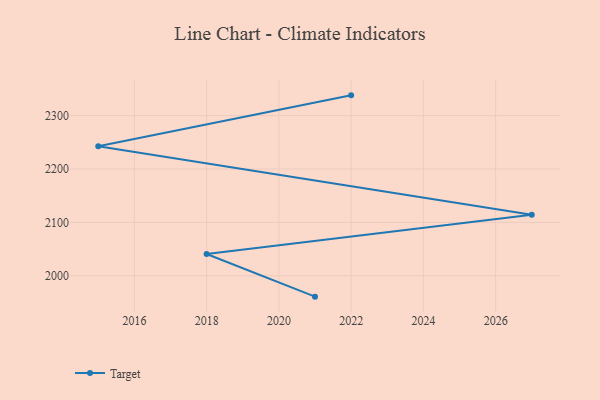
{"axis": {"x": "Year", "y": "Gross Profit (USD K)"}, "legend": ["Target"], "data": [{"x": "2022", "y": 2337.9, "type": "Target"}, {"x": "2015", "y": 2242.5, "type": "Target"}, {"x": "2027", "y": 2114.3, "type": "Target"}, {"x": "2018", "y": 2040.8, "type": "Target"}, {"x": "2021", "y": 1961.0, "type": "Target"}]}